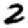
Digit: 2